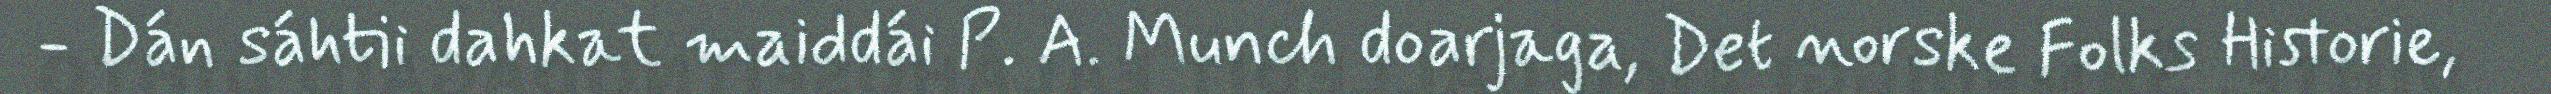
- Dán sáhtii dahkat maiddái P. A. Munch doarjaga, Det norske Folks Historie,